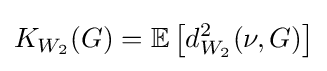
K_{W_{2}}(G)=\mathbb {E} \left[d_{W_{2}}^{2}(\nu ,G)\right]